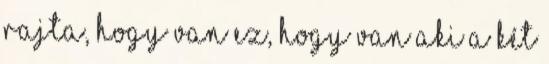
rajta, hogy van ez, hogy van aki a két